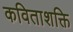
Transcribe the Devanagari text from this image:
कविताशक्ति